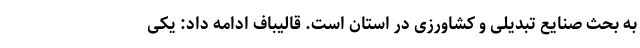
به بحث صنایع تبدیلی و کشاورزی در استان است. قالیباف ادامه داد: یکی